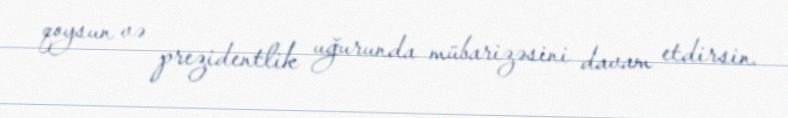
qoysun və prezidentlik uğurunda mübarizəsini davam etdirsin.